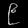
Digit: ၉